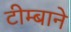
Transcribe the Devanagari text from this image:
टीम्बाने